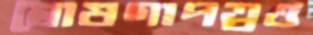
ঘোষণাপত্রও